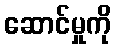
ဆောင်မှုကို